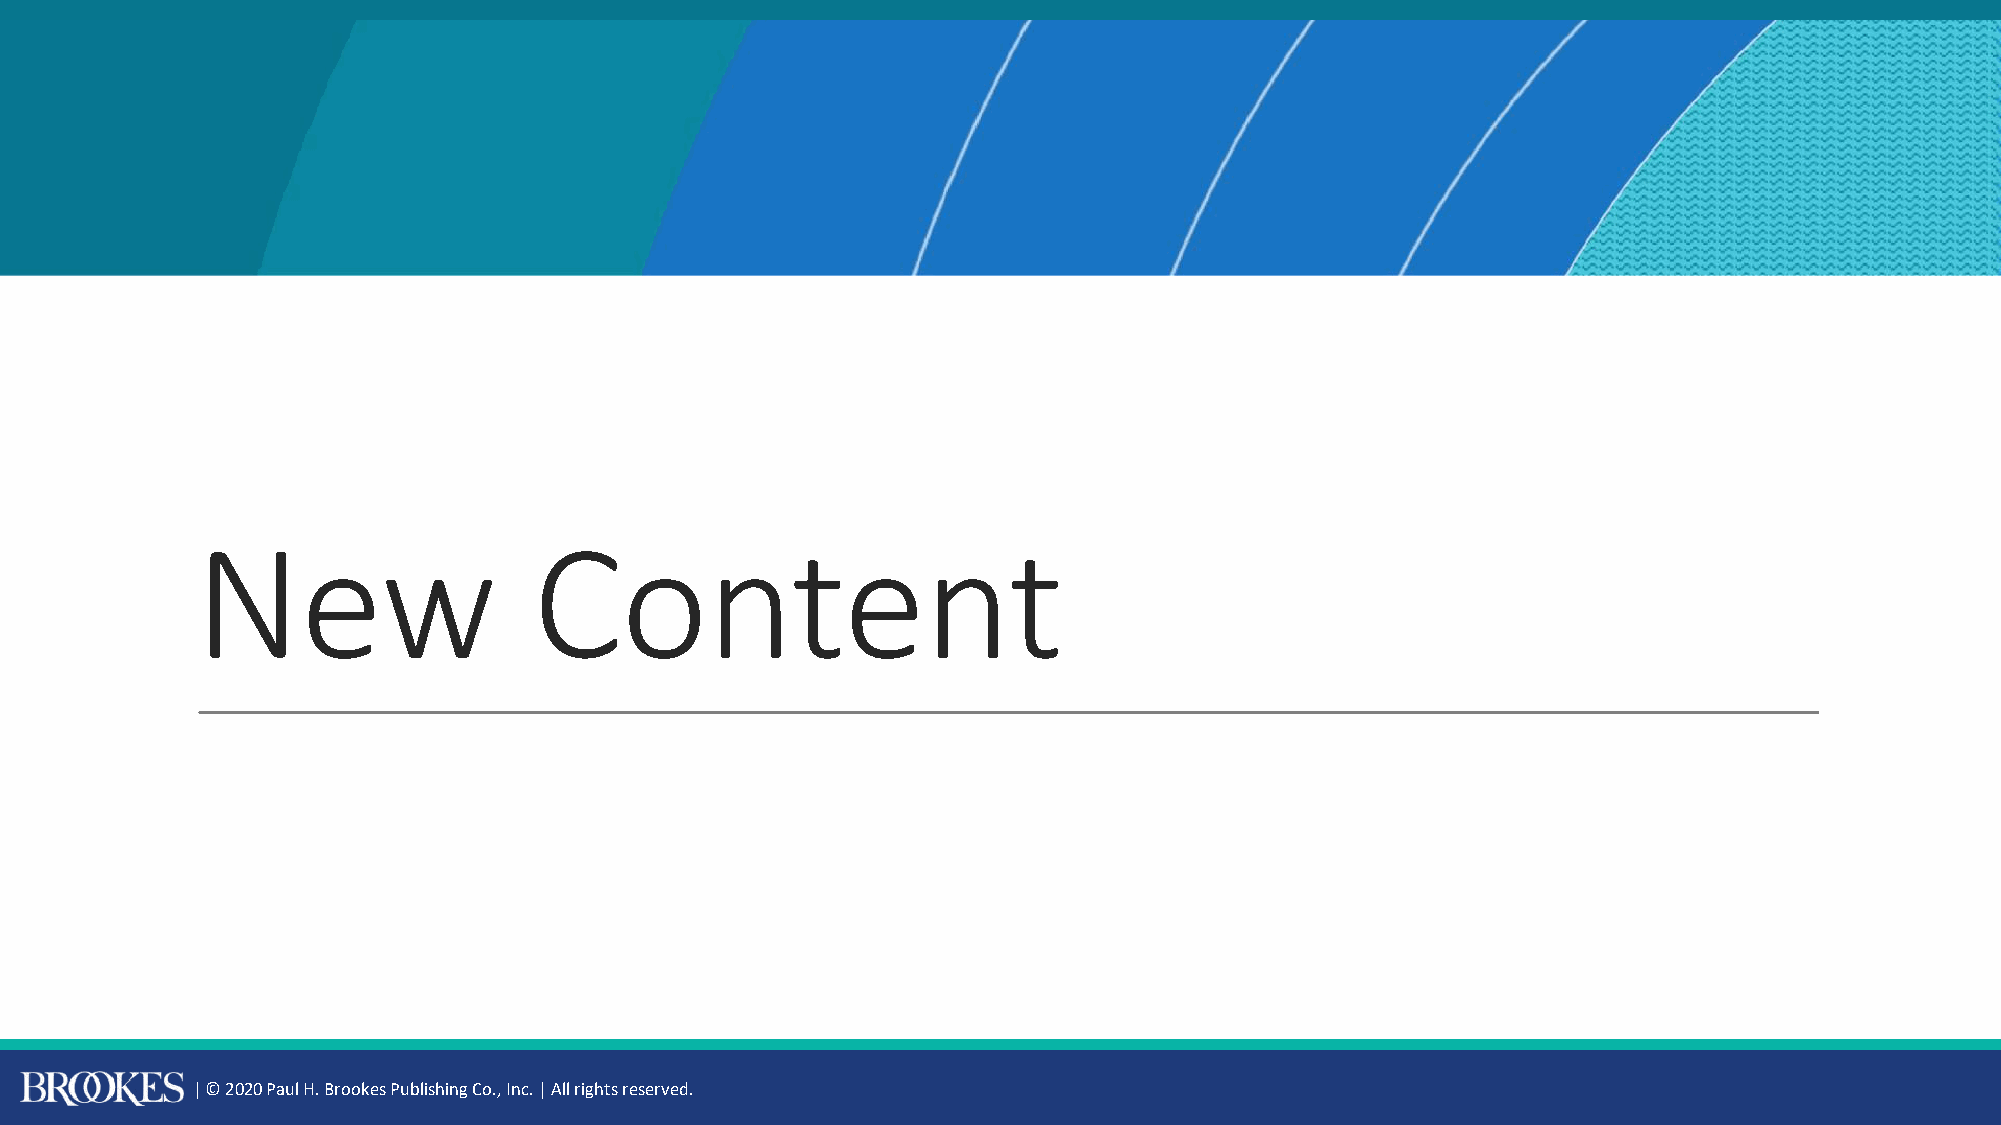
New                   Content
 | © 2020 Paul H. Brookes Publishing Co., Inc. | All rights reserved.